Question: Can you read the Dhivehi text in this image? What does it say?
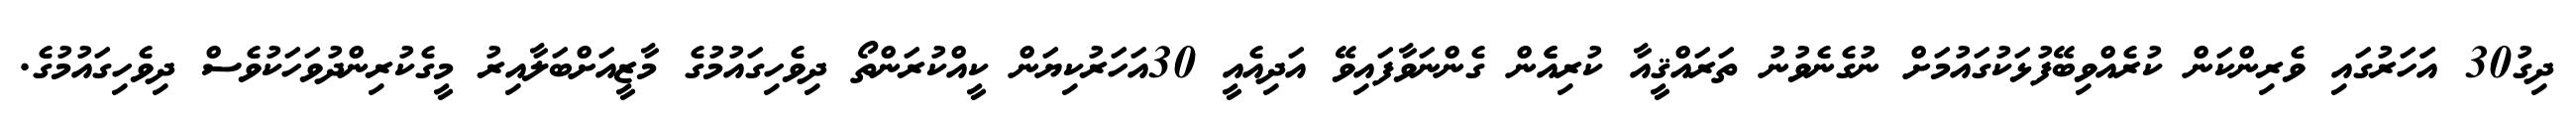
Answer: ދިގު30 އަަހަރުގައި ވެރިންކަން ކުރެއްވިބޭފުޅަކުގައުމަށް ނުގެނެވުނު ތަރައްޤީއާ ކުރިއެެން ގެންނަވާފައިވޭ އަދިއެއީ 30އަހަރުކިޔަން ކީއްކުރަންތޯ ދިވެހިގައުމުގެ މާޒީއަށްބަލާއިރު މީގެކުރިންދުވަހަކުވެސް ދިވެހިގައުމުގެ.